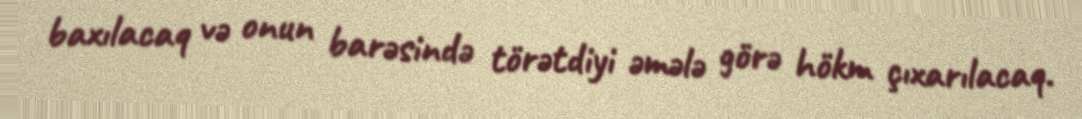
baxılacaq və onun barəsində törətdiyi əmələ görə hökm çıxarılacaq.